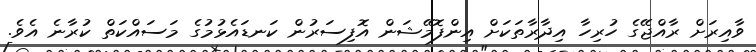
ވާއިރަށް ރާއްޖޭގެ ހުރިހާ އިދާރާތަކަށް އިންފޮމޭޝަން އޮފިސަރުން ކަނޑައެޅުމުގެ މަސައްކަތް ކުރާނެ އެވެ.